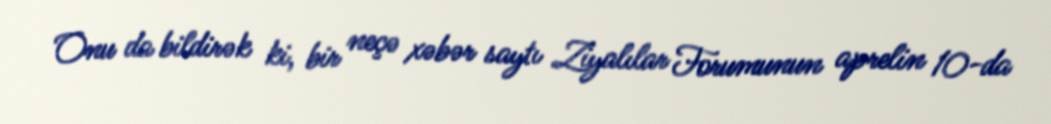
Onu da bildirək ki, bir neçə xəbər saytı Ziyalılar Forumunun aprelin 10-da